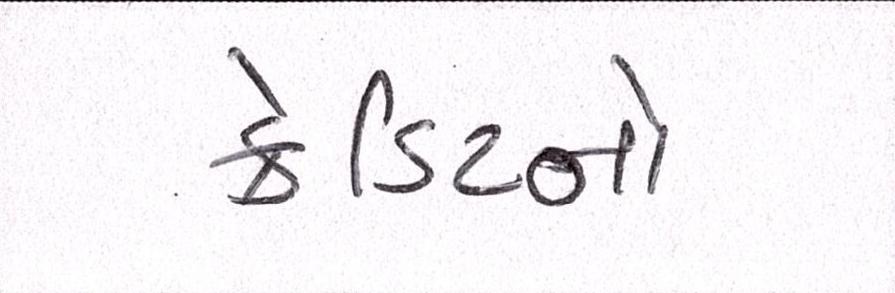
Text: ક્રેડિટનો